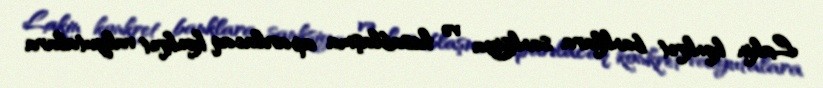
Lakin konkret banklara sanksiya və hesablaşma aparılacaq konkret valyutalara